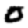
Digit: 0